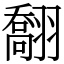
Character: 䎗